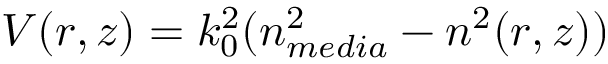
V ( r , z ) = k _ { 0 } ^ { 2 } ( n _ { m e d i a } ^ { 2 } - n ^ { 2 } ( r , z ) )